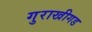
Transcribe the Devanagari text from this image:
गुराखीगड